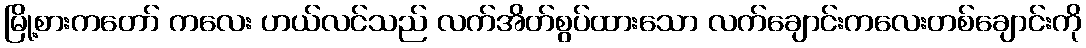
မြို့စားကတော် ကလေး ဟယ်လင်သည် လက်အိတ်စွပ်ထားသော လက်ချောင်းကလေးတစ်ချောင်းကို